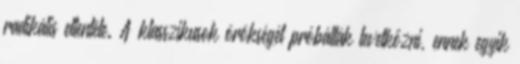
radikális ellentéte. A klasszikusok örökségét próbálták levetkőzni, ennek egyik